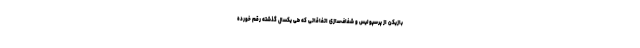
بازیکن از پرسپولیس و شفاف‌سازی اتفاقاتی که طی یکسال گذشته رقم خورده